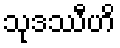
သုဒဿီဟိ